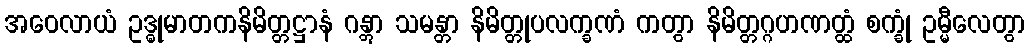
အဝေလာယံ ဥဒ္ဓုမာတကနိမိတ္တဋ္ဌာနံ ဂန္တွာ သမန္တာ နိမိတ္တုပလက္ခဏံ ကတွာ နိမိတ္တဂ္ဂဟဏတ္ထံ စက္ခုံ ဥမ္မီလေတွာ